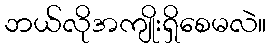
ဘယ်လိုအကျိုးရှိစေမလဲ။